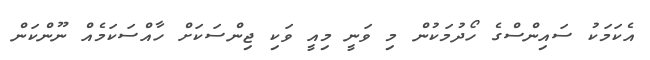
އެކަމަކު ސައިންސްގެ ހޯދުމަކުން މި ވަނީ މިއީ ވަކި ޖިންސަކަށް ހާއްސަކަމެއް ނޫންކަން